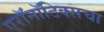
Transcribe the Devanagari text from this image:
एरॉनॉटिक्सचा